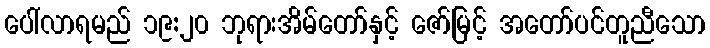
ပေါ်လာရမည် ၁၉:၂၀ ဘုရားအိမ်တော်နှင့် ဇော်မြင့် အတော်ပင်တူညီသော